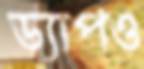
ড্যাপও